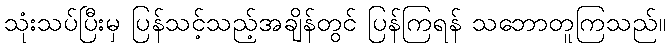
သုံးသပ်ပြီးမှ ပြန်သင့်သည့်အချိန်တွင် ပြန်ကြရန် သဘောတူကြသည်။